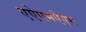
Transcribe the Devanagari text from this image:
एऐएमऐएम